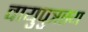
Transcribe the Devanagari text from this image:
वायुपुत्रस्य